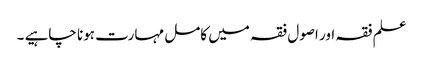
علم فقہ اور اصول فقہ میں کامل مہارت ہونا چاہیے ۔